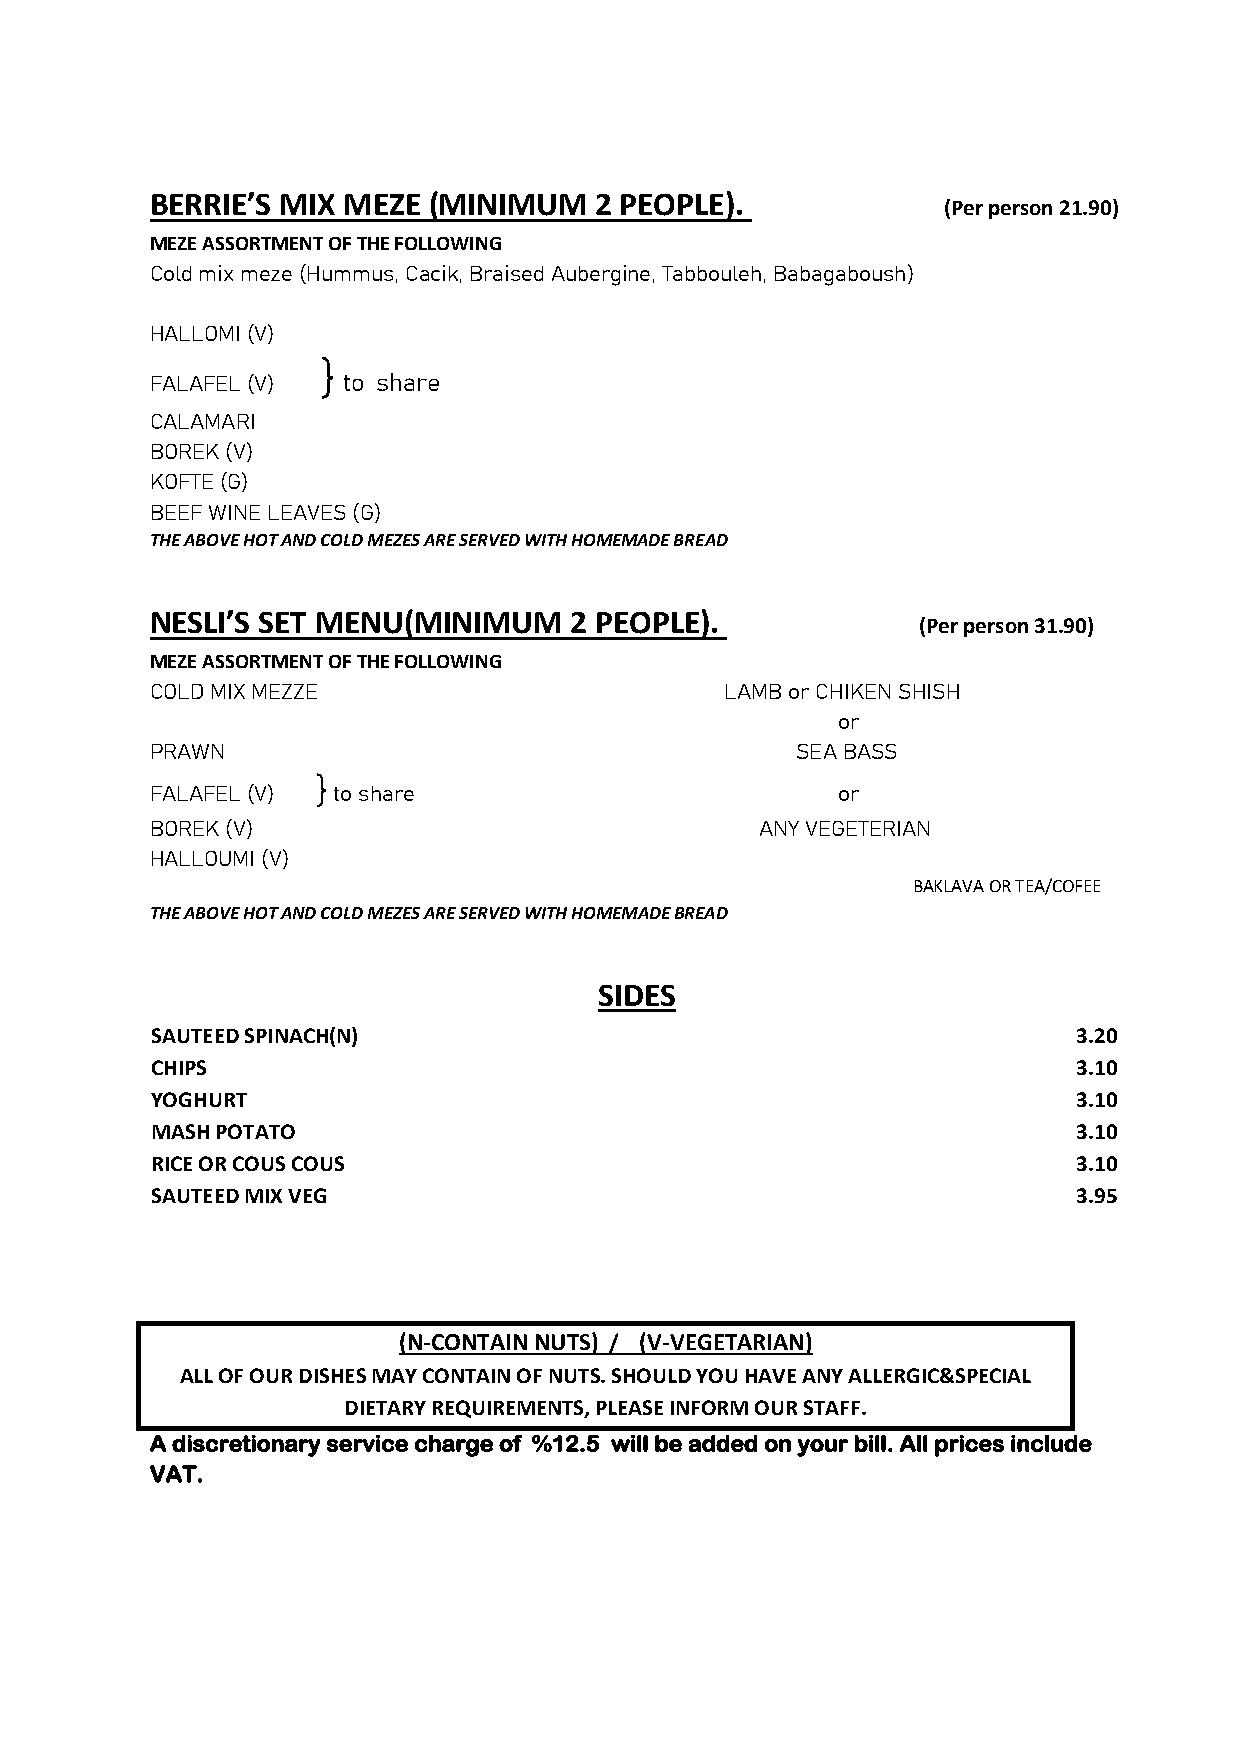
BERRIE’S MIX MEZE (MINIMUM   2 PEOPLE).
 (Per person 21.90)
 MEZE ASSORTMENT OF THE FOLLOWING
 Cold mix meze (Hummus, Cacik, Braised Aubergine, Tabbouleh, Babagaboush)
 HALLOMI (V)
 }
 FALAFEL (V)  to share
 CALAMARI
 BOREK (V)
 KOFTE (G)
 BEEF WINE LEAVES (G)
 THE ABOVE HOT AND COLD MEZES ARE SERVED WITH HOMEMADE BREAD
 NESLI’S SET MENU(MINIMUM    2 PEOPLE).
 (Per person 31.90)
 MEZE ASSORTMENT OF THE FOLLOWING
 COLD MIX MEZZE                        LAMB or CHIKEN SHISH
 or
 PRAWN                                      SEA BASS
 }
 FALAFEL (V) to share                         or
 BOREK (V)                               ANY VEGETERIAN
 HALLOUMI (V)
 BAKLAVA OR TEA/COFEE
 THE ABOVE HOT AND COLD MEZES ARE SERVED WITH HOMEMADE BREAD
 SIDES
 SAUTEED SPINACH(N)                                           3.20
 CHIPS                                                        3.10
 YOGHURT                                                      3.10
 MASH POTATO                                                  3.10
 RICE OR COUS COUS                                            3.10
 SAUTEED MIX VEG                                              3.95
 (N-CONTAIN NUTS) / (V-VEGETARIAN)
 ALL OF OUR DISHES MAY CONTAIN OF NUTS. SHOULD YOU HAVE ANY ALLERGIC&SPECIAL
 DIETARY REQUIREMENTS, PLEASE INFORM OUR STAFF.
 A discretionary service charge of %12.5 will be added on your bill. All prices include
 VAT.